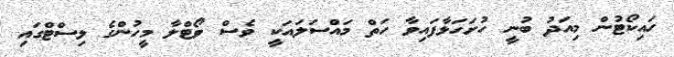
ހައިކޯޓުން މިއަދު ބުނީ ހުށަހަޅާފައިވާ ހަތް މައްސަލައަކީ ވެސް ވޯޓްލާ މީހުންގެ ލިސްޓްގައި